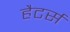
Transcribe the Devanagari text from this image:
हैटर्स